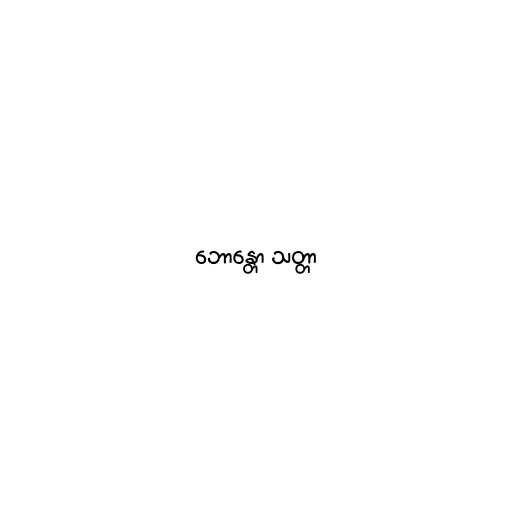
ဘောန္တော သတ္တာ